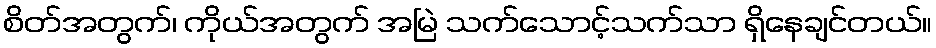
စိတ်အတွက်၊ ကိုယ်အတွက် အမြဲ သက်သောင့်သက်သာ ရှိနေချင်တယ်။